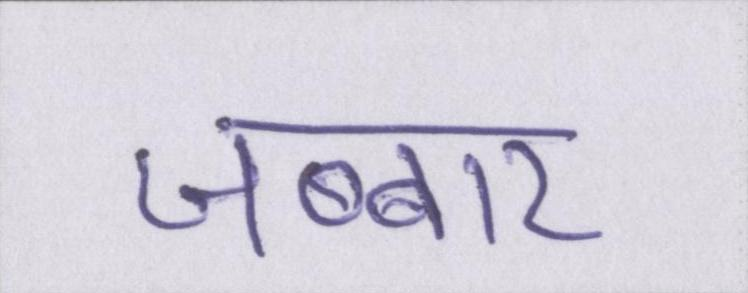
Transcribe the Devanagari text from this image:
जब्बार